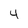
Character: 4